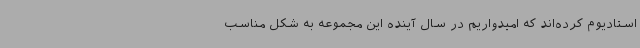
استادیوم کرده‌اند که امیدواریم در سال آینده این مجموعه به شکل مناسب